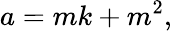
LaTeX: a=mk+m^{2},